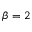
\beta = 2